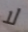
لا